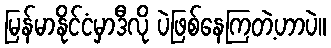
မြန်မာနိုင်ငံမှာဒီလို ပဲဖြစ်နေကြတဲ့ဟာပဲ။